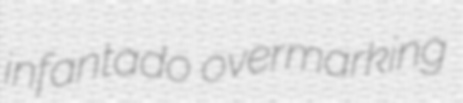
infantado overmarking